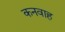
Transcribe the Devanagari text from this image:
कनवाह